Civil Veterinary Dept. Bombay admin report 1907-1913 - 1907-1913
Year: 1907
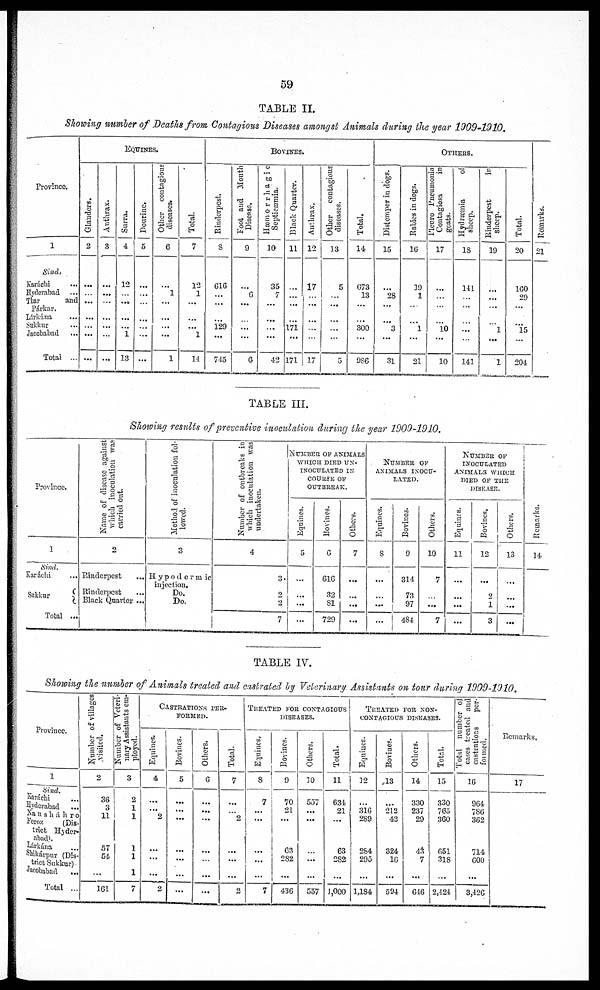
59
TABLE II.
Showing number of Deaths from Contagious Diseases amongst Animals during the year 1900-1010.
Province.
1
Sind.
Karáchi ...
Hyderabad
...
Thar
and
Párkar.
Lárkána ...
Sukkur ...
Jacobabad
...
Total ...
EQUINES.
Glanders.
2
...
...
...
...
...
...
...
Anthrax.
3
...
...
...
...
...
...
...
Surra.
4
12
...
...
...
...
1
13
Dourine.
5
...
...
...
...
...
...
...
Other
contagious
diseases.
6
...
1
...
...
...
...
1
Total.
7
12
1
...
...
...
1
14
BOVINES.
Rinderpest.
8
616
...
...
...
129
...
715
Foot and
Month
Disease.
9
...
6
...
...
...
...
6
Hæmorrhagic
Septicæmia.
10
35
7
...
...
...
...
-52
Black Quarter.
11
...
...
...
...
171
...
171
Anthrax.
12
17
...
...
...
...
...
17
Other
contagious
diseases.
13
5
...
...
...
...
...
5
Total.
14
673
13
...
...
300
...
986
OTHERS.
Distemper in dogs.
15
...
26
...
...
3
...
31
Rabies in dogs.
16
19
1
...
...
1
...
21
Pleuro Pneumonia
Contagiosa
in
goats.
17
...
...
...
...
10
...
10
Hydræmia
of
sheep.
18
141
...
...
...
...
...
141
Rinderpest
in
sheep.
19
...
...
...
...
1
...
1
Total.
20
160
29
...
...
15
...
204
Remarks.
21
TABLE III.
Showing results of preventive inoculation, during the year 1909-1910.
Province.
1
Sind.
Karáchi ...
Sukkur
Total ...
Name of disease against
which inoculation was
carried out.
2
Rinderpest ...
Rinderpest ...
Black Quarter ...
Method of inoculation fol-
lowed.
D
Hypodenmic
injection.
Do.
Do.
Number of outbreaks in.
which inoculation was
undertaken.
4
3
2
2
7
NUMBER OF ANIMALS
WHICH OF ANIMALS
INOCULATED IN
COURSE OF
OUTBREAK.
Equines.
5
...
...
...
...
Bovines.
6
616
32
81
729
Others.
7
...
...
...
...
NUMBER OF
ANIMALS INOCU-
LATED.
Equines.
8
...
...
...
...
Bovines.
9
311
73
97
484
Others.
10
7
...
...
7
NUMBER OF INOCULATED
ANIMALS WHICH
DIED OF THE
DISEASE
Equines.
1 1
...
...
...
...
Bovines.
12
...
2
1
3
Others.
13
...
...
...
...
Remarks.
14
TABLE IV.
Showing the number of Animals treated and castrated by Veterinary Assistants on tour during 1909-1910.
Province.
1
Sind.
Karáchi ...
Hyderabad
...
Nausháhro
Feroz
(Dis-
trict Hyder-
abad).
Lákána ...
Shikárpur (Dis-
trict Sukkur)
Jacobabad ...
Total ...
Number
of villages
visited.
2
36
3
11
57
54
...
161
Number of Veteri-
nary Assistants em-
ployed.
3
2
1
1
1
1
1
7
CASTRATIONS PER-
FORMED.
Equines.
4
...
...
2
...
...
...
2
Bovines.
5
...
...
...
...
...
...
...
Others.
6
...
...
...
...
...
...
...
Total.
7
...
...
2
...
...
...
2
TREATED FOR CONTAGIOUS
DISEASES.
Equines.
8
7
...
...
...
...
...
7
Bovines.
9
70
21
...
63
282
...
486
Others.
10
557
...
...
...
...
...
557
Total.
11
634
21
...
63
282
...
1,000
TREATED FOR NON-
CONTAGIONS DISEASES.
Equines.
12
...
316
289
284
295
...
1,184
Bovines.
13
...
212
42
324
16
...
594
Others.
14
330
237
29
43
7
...
616
Total
15
330
765
360
651
318
...
2,424
Total
number of
cases treated and
castrations
per-
formed.
16
964
786
362
714
600
...
3,426
Remarks.
17